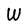
Character: W